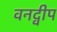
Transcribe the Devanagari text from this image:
वनद्वीप